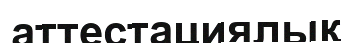
аттестациялық